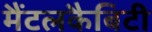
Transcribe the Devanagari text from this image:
मैंटलकैबिटी